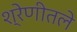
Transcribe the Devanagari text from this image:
श्रेणीतले